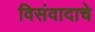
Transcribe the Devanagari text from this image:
विसंवादाचे